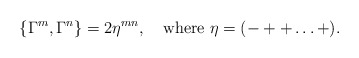
\begin{align*}\{\Gamma^m, \Gamma^n\} = 2\eta^{mn}, \quad {\rm where}~ \eta = (- ++ \ldots +).\end{align*}